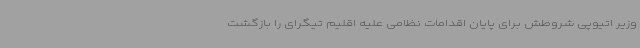
وزیر اتیوپی شروطش برای پایان اقدامات نظامی علیه اقلیم تیگرای را بازگشت